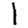
Digit: 1